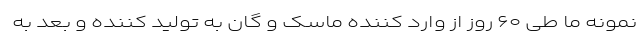
نمونه ما طی ۶۰ روز از وارد کننده ماسک و گان به تولید کننده و بعد به